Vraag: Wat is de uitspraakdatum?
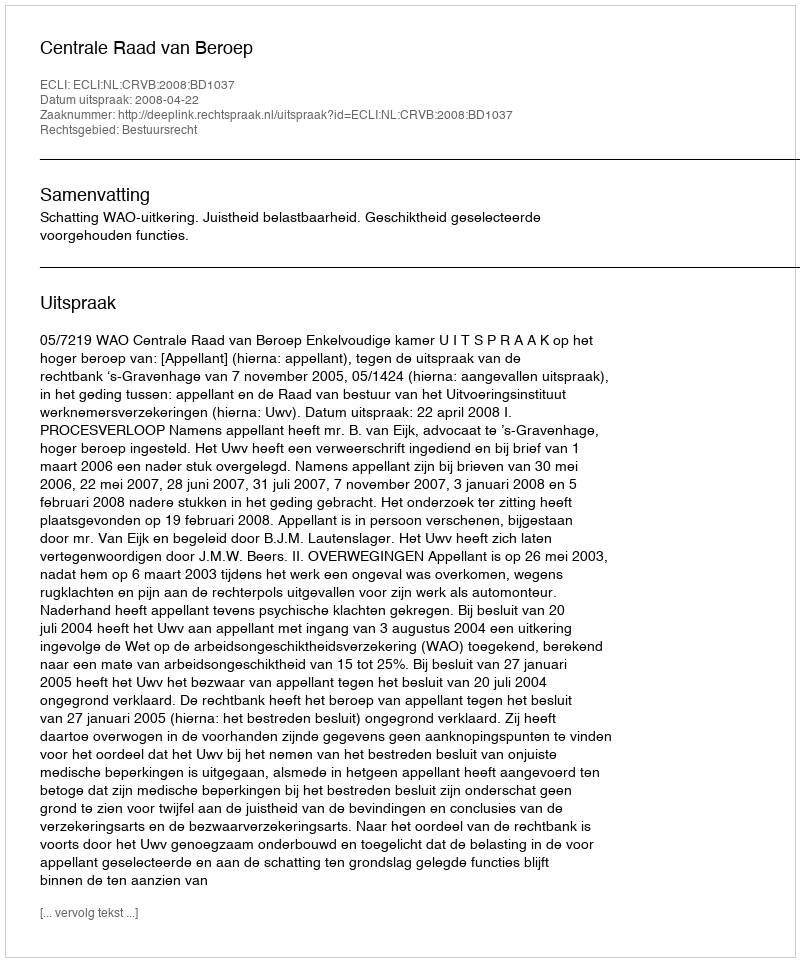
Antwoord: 2008-04-22